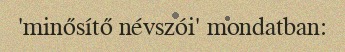
'minősítő névszói' mondatban: